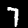
Digit: 7